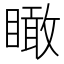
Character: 瞰